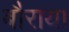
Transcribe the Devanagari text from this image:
बौराय।